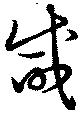
咸